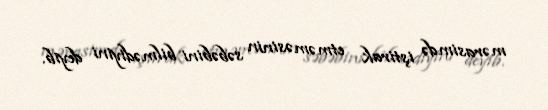
mərasimdə iştirak etməməsinin səbəbini bilmədiyini deyib.